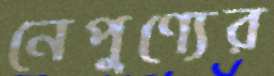
নেপুণ্যের